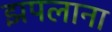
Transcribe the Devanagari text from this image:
झपलाना